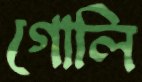
গোলি